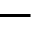
-